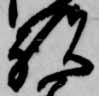
祝